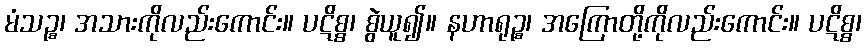
မံသဉ္စ၊ အသားကိုလည်းကောင်း။ ပဋိစ္စ၊ စွဲယူ၍။ နဟာရုဉ္စ၊ အကြောတို့ကိုလည်းကောင်း။ ပဋိစ္စ၊